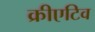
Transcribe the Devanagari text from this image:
क्रीएटिव